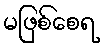
မဖြစ်စေရ